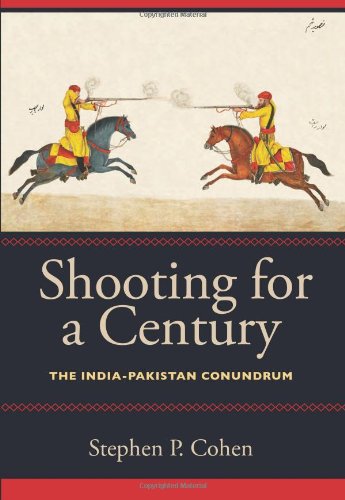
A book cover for Shooting for a Century: The India-Pakistan Conundrum; Stephen P. Cohen; History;